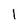
Character: l